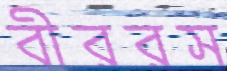
বীররস